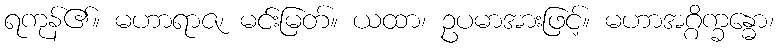
ရကုန်၏။ မဟာရာဇ၊ မင်းမြတ်။ ယထာ၊ ဥပမာအားဖြင့်။ မဟာအဂ္ဂိက္ခန္ဓော၊